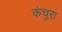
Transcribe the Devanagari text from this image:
कंचुरा